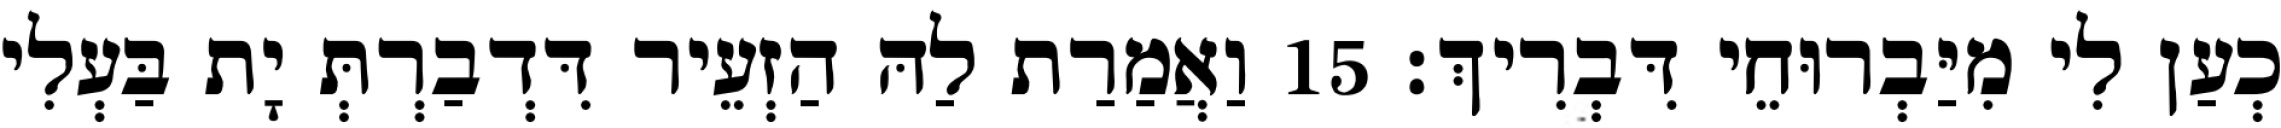
כְעַן לִי מִיַּבְרוּחֵי דִּבְרִיךְ׃ 15 וַאֲמַרַת לַהּ הַזְעֵיר דִּדְבַרְתְּ יָת בַּעְלִי